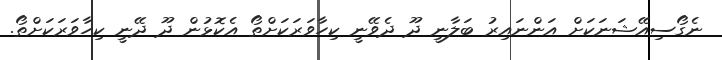
ނެގޯސިއޭޝަނަކަށް އަންނައިރު ބަލާނީ ދޫ ދެވޭނީ ކިހާވަރަކަށްތޯ އެކޮޅުން ދޫ ދޭނީ ކިހާވަރަކަށްތޯ.